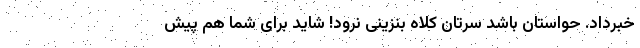
خبرداد. حواستان باشد سرتان کلاه بنزینی نرود! شاید برای شما هم پیش